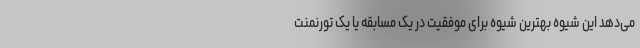
می‌‌دهد این شیوه بهترین شیوه برای موفقیت در یک مسابقه یا یک تورنمنت